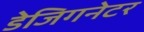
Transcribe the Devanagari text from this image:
डेजिगनेटर